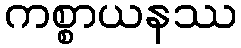
ကစ္စာယနဿ